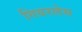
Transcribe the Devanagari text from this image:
गियरलेस